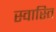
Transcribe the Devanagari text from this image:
स्‍वास्‍ति